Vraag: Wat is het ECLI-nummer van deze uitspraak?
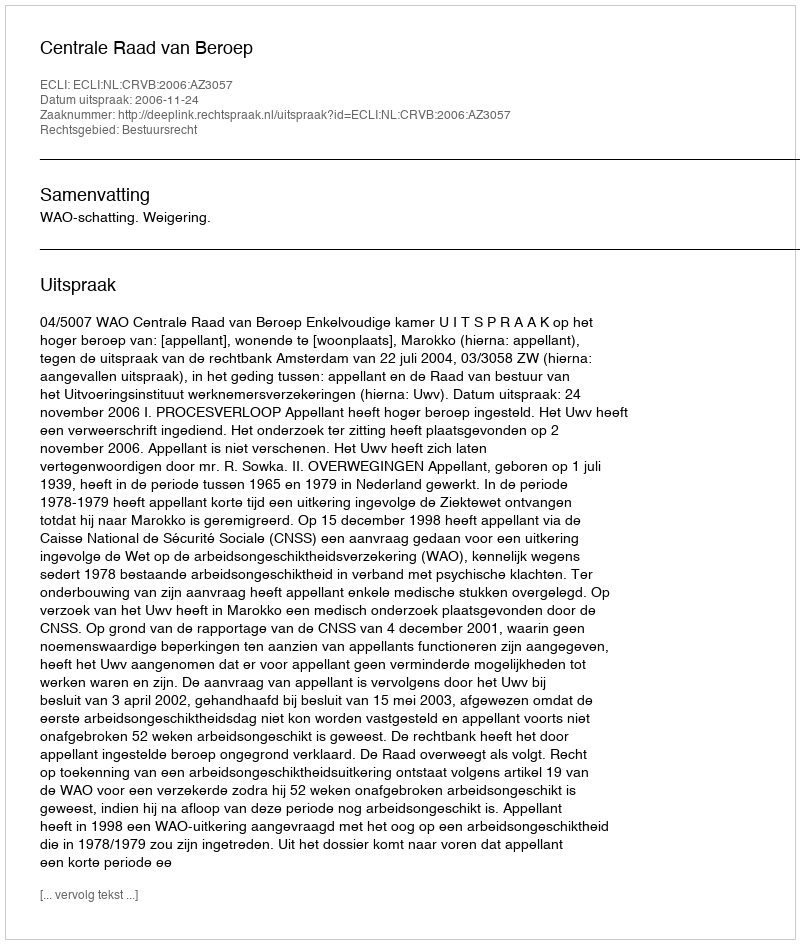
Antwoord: ECLI:NL:CRVB:2006:AZ3057